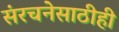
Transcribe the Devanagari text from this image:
संरचनेसाठीही